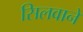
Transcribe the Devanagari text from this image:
सिलवाने